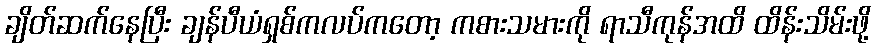
ချိတ်ဆက်နေပြီး ချန်ပီယံရှစ်ကလပ်ကတော့ ကစားသမားကို ရာသီကုန်အထိ ထိန်းသိမ်းဖို့